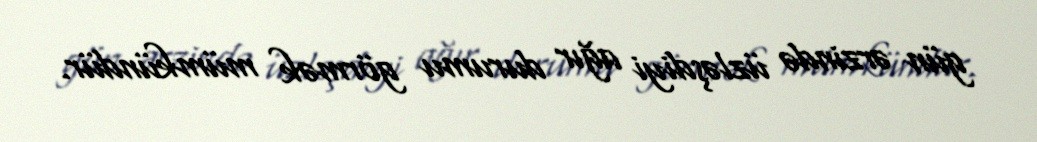
gün ərzində üzləşdiyi ağır durumu görmək mümkündür.